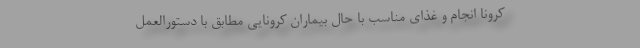
کرونا انجام و غذای مناسب با حال بیماران کرونایی مطابق با دستورالعمل